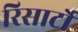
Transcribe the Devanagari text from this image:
रिसार्टों